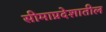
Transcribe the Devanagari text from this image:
सीमाप्रदेशातील